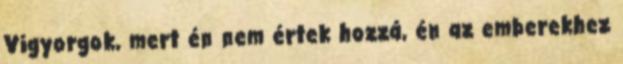
Vigyorgok, mert én nem értek hozzá, én az emberekhez